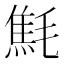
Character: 㲬